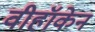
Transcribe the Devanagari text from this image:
वीहॉकेन